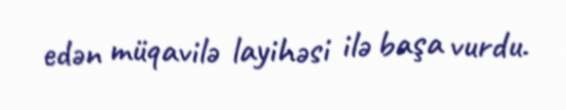
edən müqavilə layihəsi ilə başa vurdu.